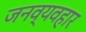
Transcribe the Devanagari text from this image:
जनव्यवहार